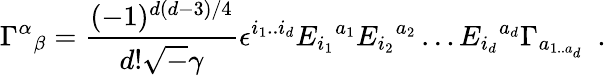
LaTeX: \Gamma^{\alpha}{}_{\beta}=\frac{(-1)^{d(d-3)/4}}{d!{\sqrt-\gamma}}\epsilon^{i_{1}..i_{d}}E_{i_{1}}{}^{a_{1}}E_{i_{2}}{}^{a_{2}}\ldots E_{i_{d}}{}^{a_{d}}\Gamma_{a_{1..a{_d}}}~~.